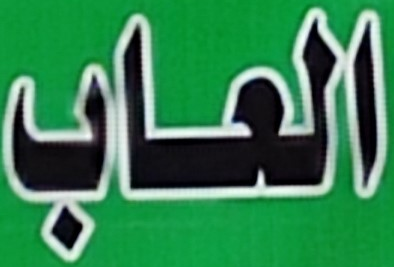
العاب